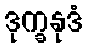
ဒုက္ခနုဒံ